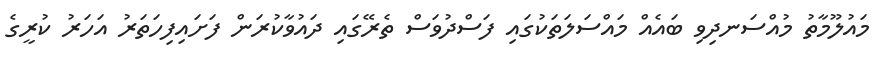
މައުލޫމާތު މުއްސަނދިވި ބައެއް މައްސަލަތަކުގައި ފަސްދުވަސް ތެރޭގައި ދައުވާކުރަން ފަށައިފިހަތަރު އަހަރު ކުރީގެ